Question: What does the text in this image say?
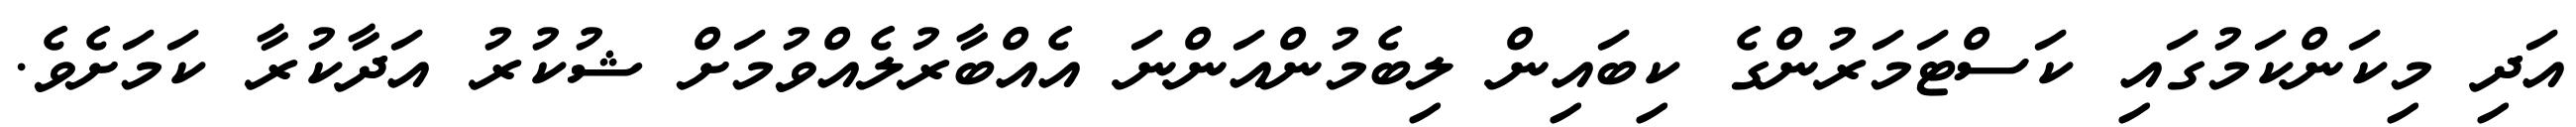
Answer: އަދި މިކަންކަމުގައި ކަސްޓަމަރުންގެ ކިބައިން ލިބެމުންއަންނަ އެއްބާރުލެއްވުމަށް ޝުކުރު އަދާކުރާ ކަމަށެވެ.